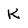
Character: K